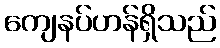
ကျေနပ်ဟန်ရှိသည်